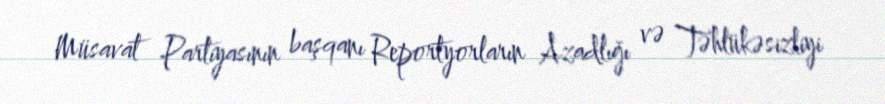
Müsavat Partiyasının başqanı Reportyorların Azadlığı və Təhlükəsizliyi